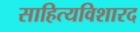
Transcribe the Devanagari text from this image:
साहित्यविशारद